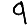
Digit: 9